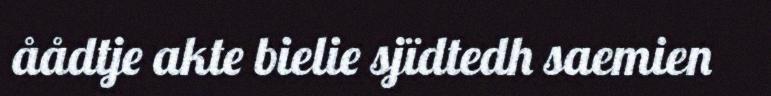
åådtje akte bielie sjïdtedh saemien